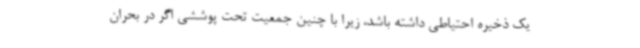
یک ذخیره احتیاطی داشته باشد، زیرا با چنین جمعیت تحت پوششی اگر در بحران